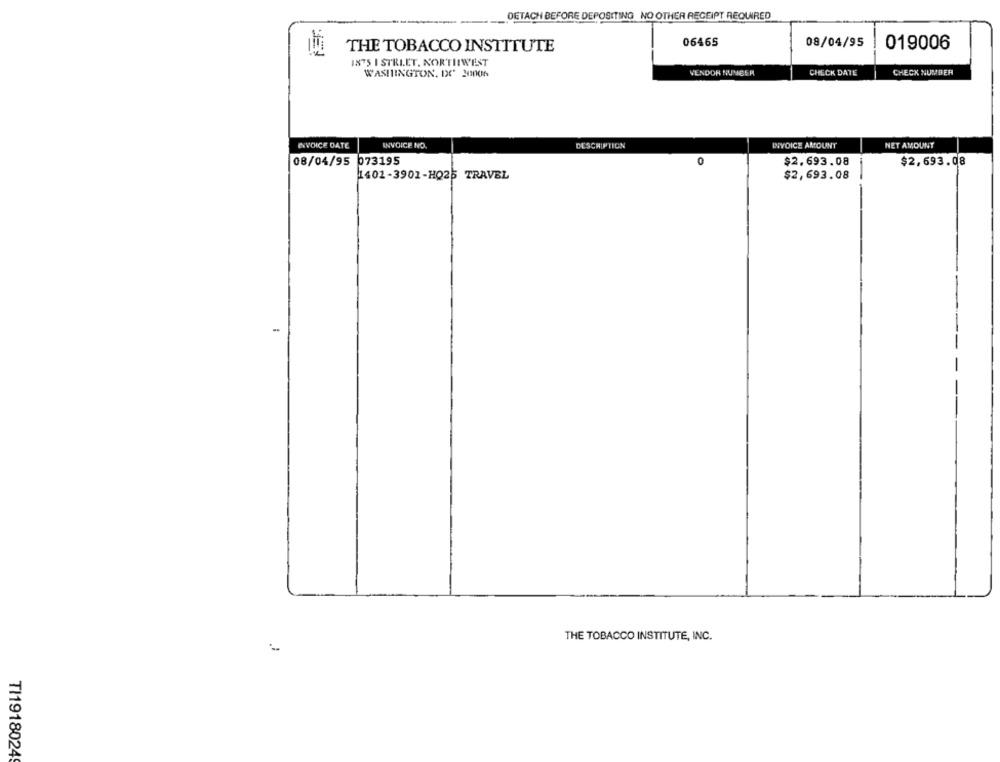
DETACH BEFORE DEPOSITING NO OTHER RECEIPT REQUIRED
06465
08/04/95
019006
THE TOBACCO INSTITUTE
1875 I STRLET, NORTHWEST
WASHIINGTON, DC 20006
VENDOR NUMBER
CHECK DATE
CHECK NUMBER
INVOICE DATE
INVOICE NO.
DESCRIPTION
INVOICE AMOUNT
NET AMOUNT
08/04/95 073195
0
$2.693.08
$2,693.08
1401-3901-HQ25 TRAVEL
$2,693.08
-
THE TOBACCO INSTITUTE, INC.
-
TI1918024